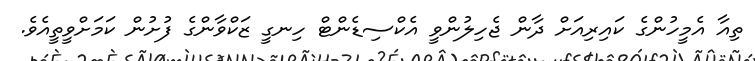
ތިއާ އެމީހުންގެ ކައިރިއަށް ދާން ޖެހިލުންވީ އެކްސިޑެންޓް ހިނގީ ޒަކްވާންގެ ފުށުން ކަމަށްވީތީއެވެ.